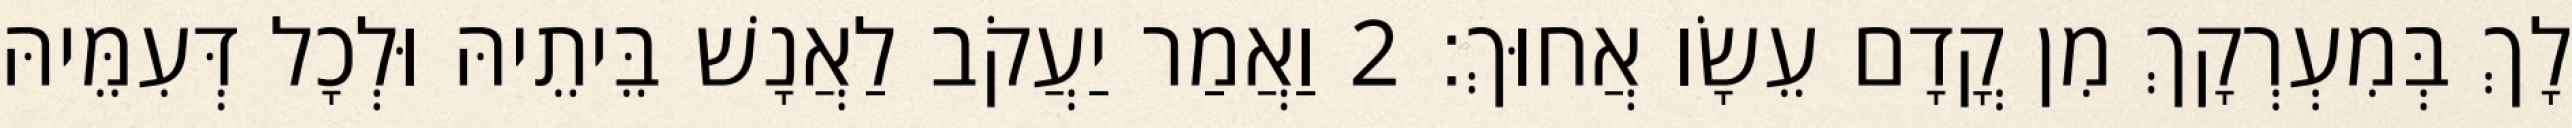
לָךְ בְּמִעְרְקָךְ מִן קֳדָם עֵשָׂו אֲחוּךְ׃ 2 וַאֲמַר יַעֲקֹב לַאֲנָשׁ בֵּיתֵיהּ וּלְכָל דְּעִמֵּיהּ